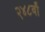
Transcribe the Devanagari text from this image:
२४८वाँ